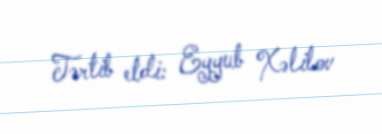
Tərtib etdi: Eyyub Xəlilov